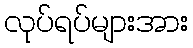
လုပ်ရပ်များအား